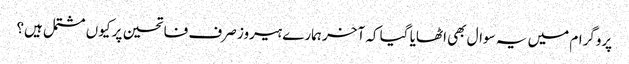
پروگرام میں یہ سوال بھی اٹھایا گیا کہ آخر ہمارے ہیروز صرف فاتحین پر کیوں مشتمل ہیں؟